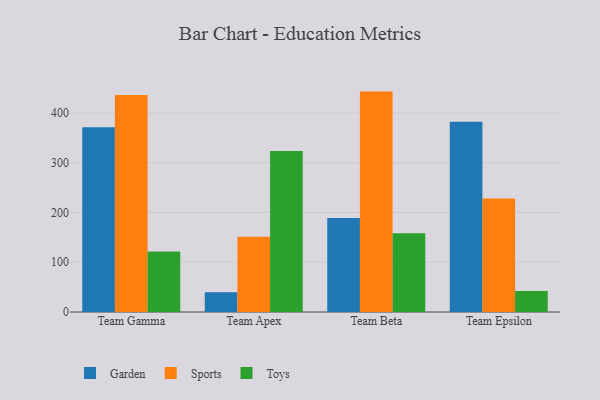
{"axis": {"x": "Team", "y": "Churn Rate (%)"}, "legend": ["Garden", "Sports", "Toys"], "data": [{"x": "Team Gamma", "y": 371.3, "type": "Garden"}, {"x": "Team Gamma", "y": 436.1, "type": "Sports"}, {"x": "Team Gamma", "y": 121.3, "type": "Toys"}, {"x": "Team Apex", "y": 39.8, "type": "Garden"}, {"x": "Team Apex", "y": 151.2, "type": "Sports"}, {"x": "Team Apex", "y": 323.4, "type": "Toys"}, {"x": "Team Beta", "y": 188.9, "type": "Garden"}, {"x": "Team Beta", "y": 442.8, "type": "Sports"}, {"x": "Team Beta", "y": 158.0, "type": "Toys"}, {"x": "Team Epsilon", "y": 382.2, "type": "Garden"}, {"x": "Team Epsilon", "y": 227.9, "type": "Sports"}, {"x": "Team Epsilon", "y": 42.0, "type": "Toys"}]}